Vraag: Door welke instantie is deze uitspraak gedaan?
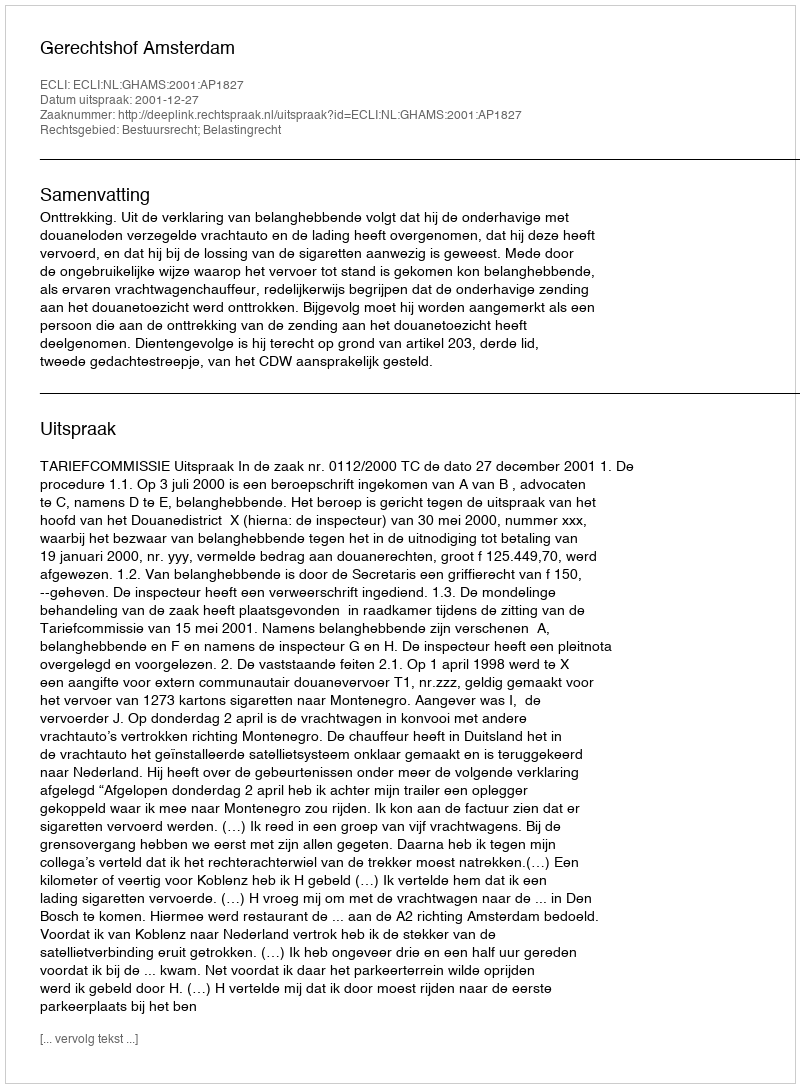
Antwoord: Gerechtshof Amsterdam